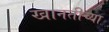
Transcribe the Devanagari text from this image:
खानतीच्या